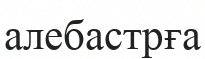
алебастрға